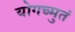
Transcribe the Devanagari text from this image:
योगच्मुतं